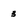
Character: 3